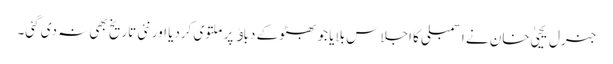
جنرل یحییٰ خان نے اسمبلی کا اجلاس بلایا جو بھٹو کے دباﺅ پر ملتوی کردیا اور نئی تاریخ بھی نہ دی گئی۔